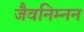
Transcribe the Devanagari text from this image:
जैवनिम्‍नन